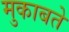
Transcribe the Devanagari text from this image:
मुकाबते